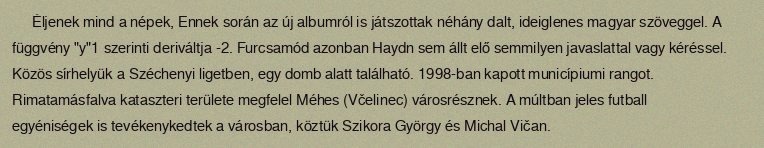
Éljenek mind a népek, Ennek során az új albumról is játszottak néhány dalt, ideiglenes magyar szöveggel. A függvény "y"1 szerinti deriváltja -2. Furcsamód azonban Haydn sem állt elő semmilyen javaslattal vagy kéréssel. Közös sírhelyük a Széchenyi ligetben, egy domb alatt található. 1998-ban kapott municípiumi rangot. Rimatamásfalva kataszteri területe megfelel Méhes (Včelinec) városrésznek. A múltban jeles futball egyéniségek is tevékenykedtek a városban, köztük Szikora György és Michal Vičan.